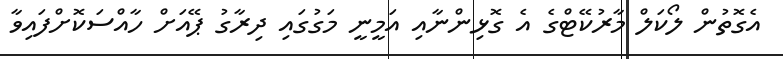
އެގޮތުން ލޯކަލް މާރުކޭޓްގެ އެ ގޮޅިންނާއި އަމީނީ މަގުގައި ދިރާގު ޕޭއަށް ހާއްސަކޮށްފައިވާ